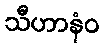
သီဟာနံဝ